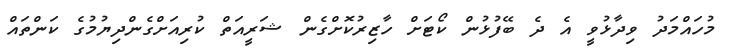
މުހައްމަދު ވިދާޅުވީ އެ ދެ ބޭފުޅުން ކޯޓަށް ހާޒިރުކޮށްގެން ޝަރީއަތް ކުރިއަށްގެންދިޔުމުގެ ކަންތައް